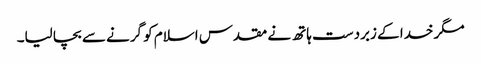
مگر خدا کے زبردست ہاتھ نے مقدس اسلام کو گرنے سے بچا لیا۔